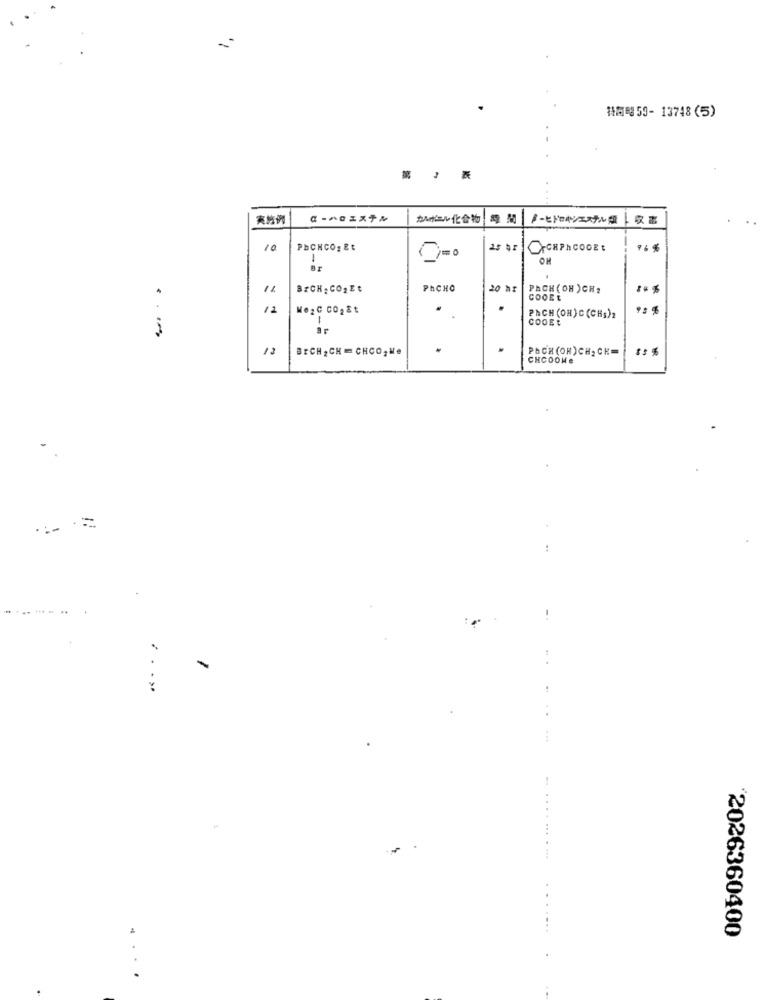
112198 59- 13748 (5)
カルボニル化合物 時 間 メーヒドロキシエステル類
-
10
PhCHCO , Et
25 41
ICHPNCOGEt
:-
OH
BECK , CO2 Et
PhCHO
20 hr
PACH ( OH )CH2
COOEL
12
PACH (ON) C (CHs)2
COOEt
...
13
BECH , CH = CHCO, Me
PACH(OR)CH, CE=
CHCOOMe
....
..
.. ...
. .
2026360400